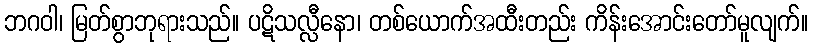
ဘဂဝါ၊ မြတ်စွာဘုရားသည်။ ပဋိသလ္လီနော၊ တစ်ယောက်အထီးတည်း ကိန်းအောင်းတော်မူလျက်။